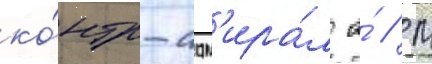
ко́нтр-адм'ира́л а́ // М